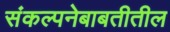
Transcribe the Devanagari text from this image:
संकल्पनेबाबतीतील